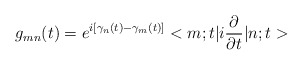
\begin{align*}g_{mn}(t) = e^{i[\gamma_n(t) - \gamma_m(t)]} <m;t|i\frac{\partial}{\partial t}|n;t>\end{align*}